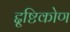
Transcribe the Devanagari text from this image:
द्दृष्टिकोण